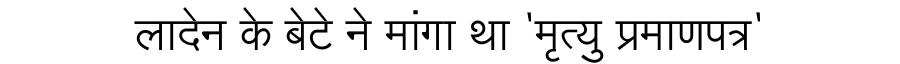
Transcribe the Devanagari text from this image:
लादेन के बेटे ने मांगा था 'मृत्यु प्रमाणपत्र'